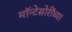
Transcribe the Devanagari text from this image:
मॉन्टेसोरींच्या